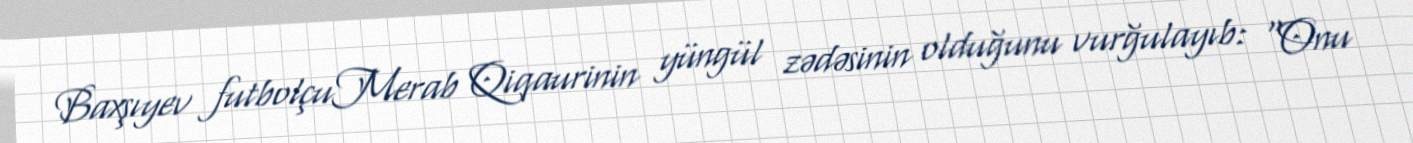
Baxşıyev futbolçuMerab Qiqaurinin yüngül zədəsinin olduğunu vurğulayıb: "Onu